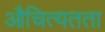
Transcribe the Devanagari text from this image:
औचित्यतता